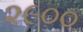
૨૯૦૦